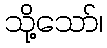
သို့သော်၊